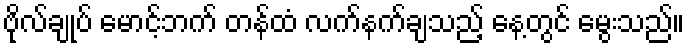
ဗိုလ်ချုပ် မောင့်ဘက် တန်ထံ လက်နက်ချသည့် နေ့တွင် မွေးသည်။